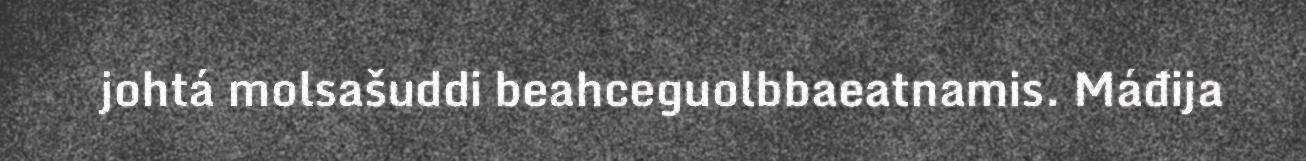
johtá molsašuddi beahceguolbbaeatnamis. Máđija